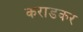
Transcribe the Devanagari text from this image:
कराडकर